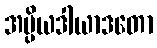
အပ္ပိယဒါယာဒတော